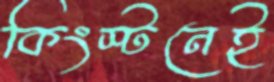
কিংস্টনেই